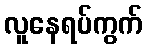
လူနေရပ်ကွက်